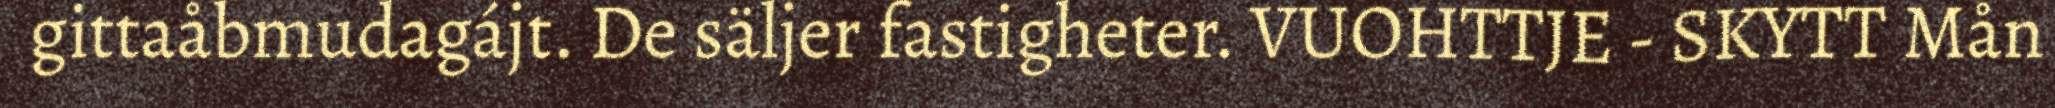
gittaåbmudagájt. De säljer fastigheter. VUOHTTJE - SKYTT Mån